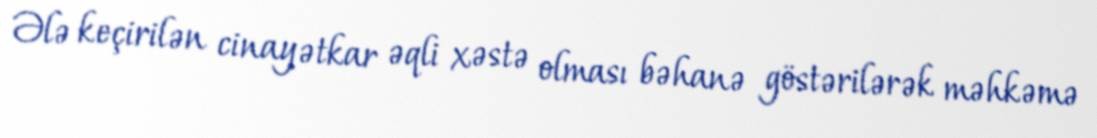
Ələ keçirilən cinayətkar əqli xəstə olması bəhanə göstərilərək məhkəmə